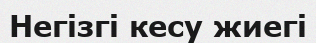
Негізгі кесу жиегі